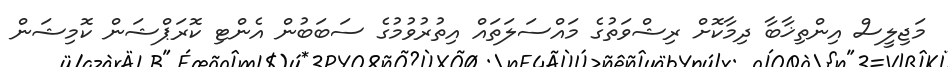
މަޖިލީސް އިންތިޚާބާ ދިމާކޮށް ރިޝްވަތުގެ މައްސަލަތައް އިތުރުވުމުގެ ސަބަބުން އެންޓި ކޮރަޕްޝަން ކޮމިޝަން